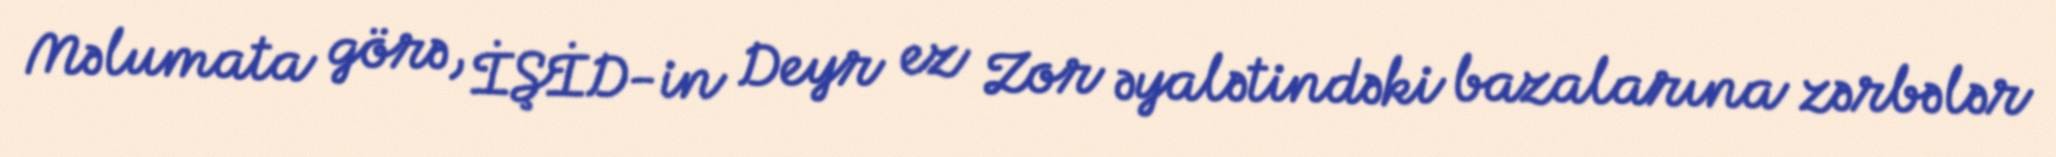
Məlumata görə, İŞİD-in Deyr ez Zor əyalətindəki bazalarına zərbələr